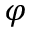
\varphi